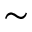
{ \sim }